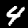
Digit: 4